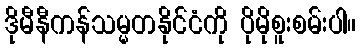
ဒိုမီနီကန်သမ္မတနိုင်ငံကို ပိုမိုစူးစမ်းပါ။